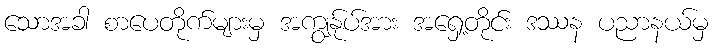
သောအခါ စာပေတိုက်များမှ အကျွန်ုပ်အား အရှေ့တိုင်း ဒဿန ပညာနယ်မှ